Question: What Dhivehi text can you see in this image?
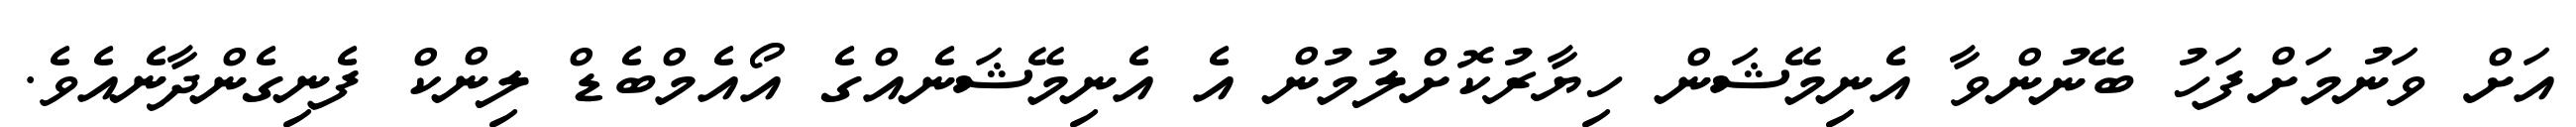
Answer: އަށް ވަނުމަށްފަހު ބޭނުންވާ އެނިމޭޝަން ހިޔާރުކޮށްލުމުން އެ އެނިމޭޝަނެއްގެ އޯއެމްބެޑް ލިންކް ފެނިގެންދާނެއެވެ.